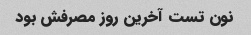
نون تست آخرین روز مصرفش بود